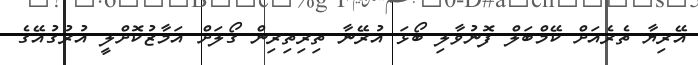
އޭރިޔާ ތެެރެއަށް ކޭމްބަލް ފޮނުވާލި ބޯޅަ އުރޭނާ ތިރިތިރިން ގޯލަށް އަމާޒުކޮށްލީ އުރުގުއޭގެ